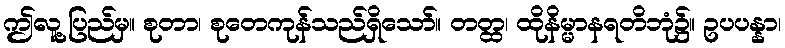
ဤလူ့ပြည်မှ။ စုတာ၊ စုတေကုန်သည်ရှိသော်။ တတ္ထ၊ ထိုနိမ္မာနရတိဘုံ၌။ ဥပပန္နာ၊